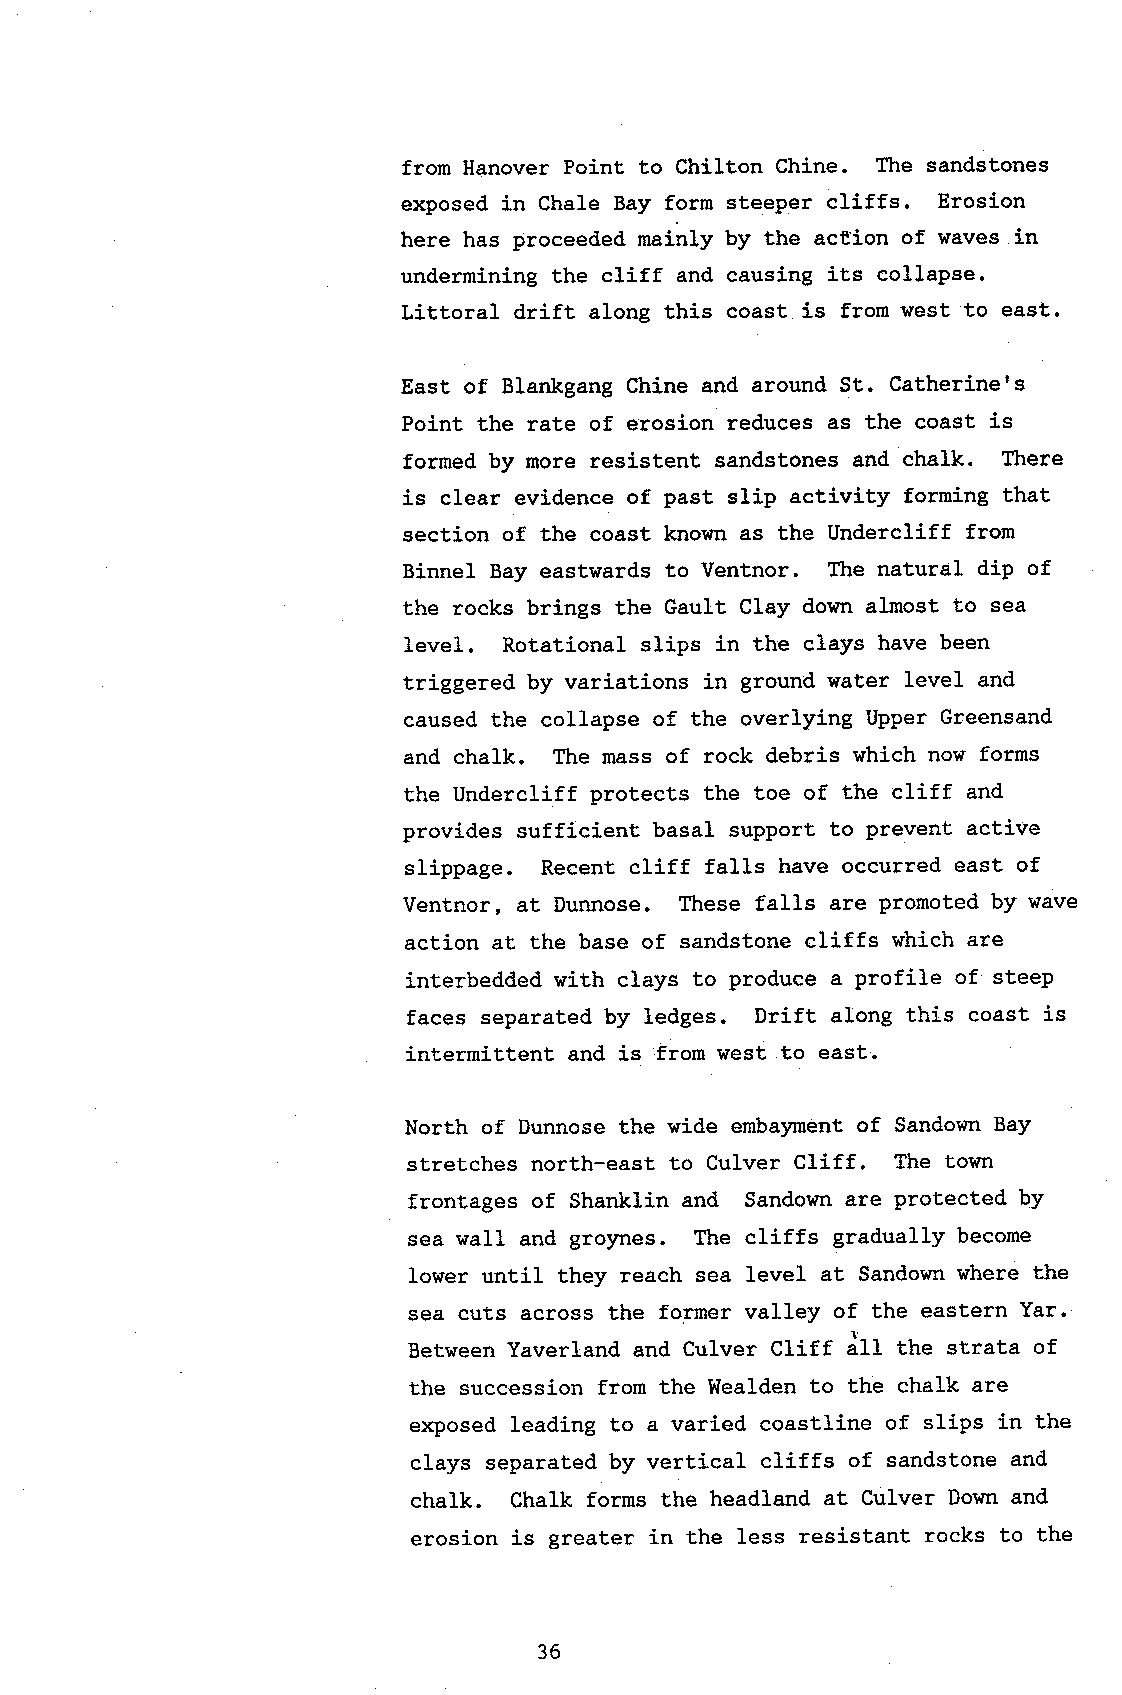
from Hanover Point to Chilton Chine. The sandstones
 exposed in Chale Bay form steeper cliffs. Erosion
 here has proceeded nainly by the action of waves in
 undermining the cliff and causing its collapse.
 Littoral drift along this coast is from west to east.
 East of Blankgang Chine and around St. Catheriners
 Point the rate of erosion reduces as the coast is
 forned by more resistent sandstones and chalk. Ttrere
 is clear evidence of past slip activity forming that
 section of the coast known as the Undercliff from
 Binnel Bay eastwards to Ventnor. The natural dip of
 the rocks brings the Gault Clay down almost to sea
 level. Rotational slips in the clays have been
 triggered by variations in ground water level and
 caused the collapse of the overlying Upper Greensand
 and chalk. The mass of rock debris which now forms
 the Undercliff protects the toe of the cliff and
 provides sufficient basal support to prevent active
 slippage. Recent cliff falls have occurred east of
 Ventnor, at Dunnose. These falls are promoted by wave
 action at the base of sandstone cliffs which are
 interbedded with clays to produce a profile of steep
 faces separated by ledges. Drift along this coast is
 intermittent and is from west to east.
 North of Dunnose the wide embayment of Sandown Bay
 stretches north-east to Culver Cliff. The town
 frontages of Shanklin and Sandown are protected by
 sea waII and grolmes. The cliffs gradually become
 lower until they reach sea leve1 at Sandown where the
 sea cuts across the former valley of the eastern Yar.
 Between Yaverland and Culver Cliff Jtt ttt" strata of
 the succession from the Wealden to the chalk are
 exposed leading to a varied coastline of slips in the
 clays separated by vertical cliffs of sandstone and
 chalk. Chalk forms the headland at Culver Down and
 erosion is greater in the less resistant rocks to the
 36